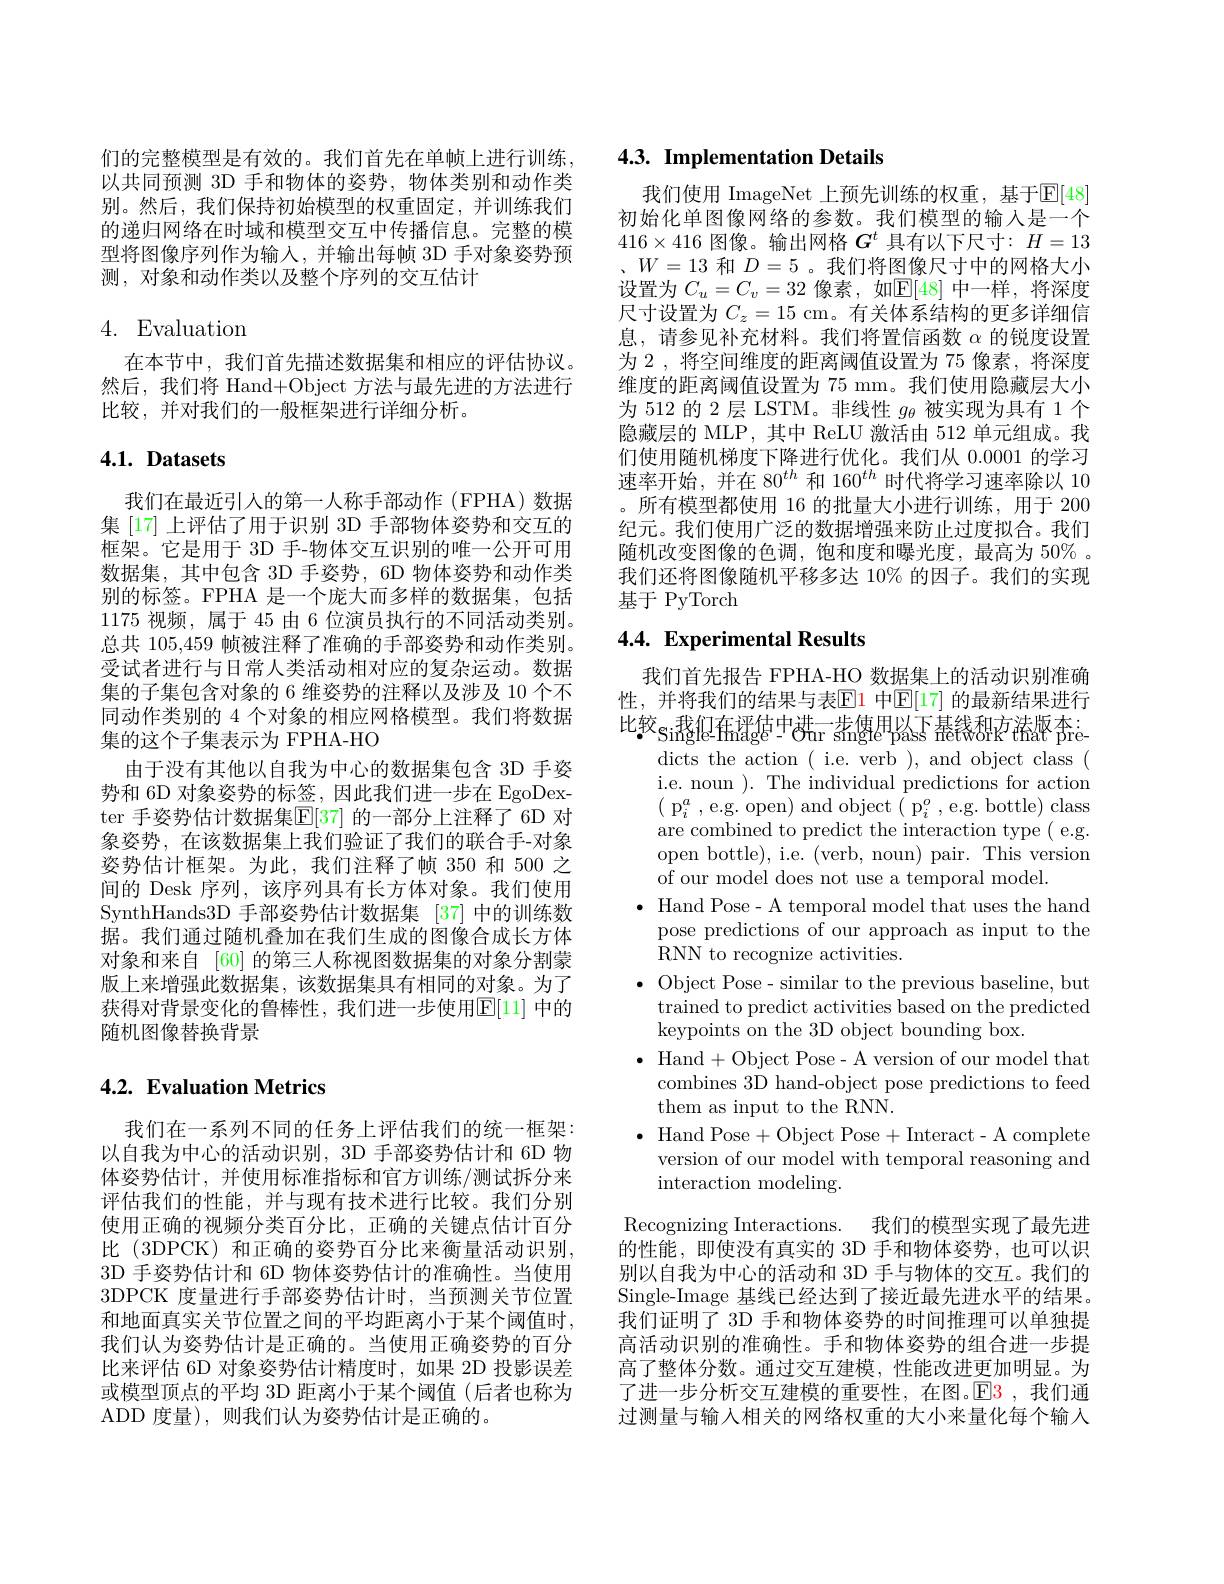
们的完整模型是有效的。我们首先在单帧上进行训练， 以共同预测 3D 手和物体的姿势，物体类别和动作类别。然后，我们保持初始模型的权重固定，并训练我们的递归网络在时域和模型交互中传播信息。完整的模型将图像序列作为输入，并输出每帧 3D 手对象姿势预测，对象和动作类以及整个序列的交互估计

## 4. Evaluation

在本节中，我们首先描述数据集和相应的评估协议。然后，我们将 Hand+Object 方法与最先进的方法进行比较，并对我们的一般框架进行详细分析。

## $4. 1. \textbf{ Datasets}$

我们在最近引人的第一人称手部动作 (FPHA)数据集[17]上评估了用于识别 3D 手部物体姿势和交互的框架。它是用于 3D 手-物体交互识别的唯一公开可用数据集，其中包含 3D 手姿势，6D 物体姿势和动作类别的标签。FPHA 是一个庞大而多样的数据集，包括1175视频，属于 45 由 6 位演员执行的不同活动类别。总共 105,459 帧被注释了准确的手部姿势和动作类别。受试者进行与日常人类活动相对应的复杂运动。数据集的子集包含对象的 6 维姿势的注释以及涉及 10 个不同动作类别的 4 个对象的相应网格模型。我们将数据集的这个子集表示为 FPHA-HO
由于没有其他以自我为中心的数据集包含 3D 手姿势和 6D 对象姿势的标签，因此我们进一步在 EgoDexter 手姿势估计数据集$\mathbb{E}[37]$ 的一部分上注释了 6D 对象姿势，在该数据集上我们验证了我们的联合手-对象姿势估计框架。为此，我们注释了帧 350 和 500 之间的 Desk 序列，该序列具有长方体对象。我们使用SynthHands3D 手部姿势估计数据集 [37] 中的训练数据。我们通过随机叠加在我们生成的图像合成长方体对象和来自 [60] 的第三人称视图数据集的对象分割蒙版上来增强此数据集，该数据集具有相同的对象。为了获得对背景变化的鲁棒性，我们进一步使用$\overline{\mathbb{E}}[1]$ 中的随机图像替换背景

## 4.2. Evaluation Metrics

我们在一系列不同的任务上评估我们的统一框架： 以自我为中心的活动识别，3D 手部姿势估计和 6D 物体姿势估计，并使用标准指标和官方训练/测试拆分来评估我们的性能，并与现有技术进行比较。我们分别使用正确的视频分类百分比，正确的关键点估计百分比 (3DPCK) 和正确的姿势百分比来衡量活动识别， 3D 手姿势估计和 6D 物体姿势估计的准确性。当使用3DPCK 度量进行手部姿势估计时，当预测关节位置和地面真实关节位置之间的平均距离小于某个阈值时， 我们认为姿势估计是正确的。当使用正确姿势的百分比来评估 6D 对象姿势估计精度时，如果 2D 投影误差或模型顶点的平均 3D 距离小于某个阈值(后者也称为ADD 度量),则我们认为姿势估计是正确的。

## 4.3. Implementation Details

我们使用 ImageNet 上预先训练的权重，基于$\mathbb{E}[48]$ 初始化单图像网络的参数。我们模型的输入是一个$416\times416$图像。输出网格$G^t$具有以下尺寸$:H=13$ 、$W=13$和$D=5$ 。我们将图像尺寸中的网格大小设置为$C_u=C_v=32$像素，如$\mathbb{E}[48]$中一样，将深度尺寸设置为$C_z=15$ cm。有关体系结构的更多详细信息，请参见补充材料。我们将置信函数$\alpha$的锐度设置为 2 , 将空间维度的距离阈值设置为 75 像素，将深度维度的距离阈值设置为 75 mm。我们使用隐藏层大小为 512 的 2 层 LSTM。非线性$g_\mathrm{\theta}$被实现为具有 1 个隐藏层的 MLP,其中 ReLU 激活由 512 单元组成。我们使用随机梯度下降进行优化。我们从 0.0001 的学习速率开始，并在 80$^{th}$和 160$^{th}$时代将学习速率除以 10 。所有模型都使用 16 的批量大小进行训练，用于 200纪元。我们使用广泛的数据增强来防止过度拟合。我们随机改变图像的色调，饱和度和曝光度，最高为 50% 。我们还将图像随机平移多达 10% 的因子。我们的实现基于 PyTorch

## 4.4. Experimental Results

我们首先报告 FPHA-HO 数据集上的活动识别准确性，并将我们的结果与表$\mathbb{E}$1 中$\mathbb{E}[17]$ 的最新结果进行比较$_\mathrm{Si}$我们在评估中进一步使用以下基线和交流域有
dicts the action ( i.e. verb ), and object class ( i.e. noun ). The individual predictions for action $(\mathrm{~p}_{i}^{a}$,e.g. open) and object$(\mathrm{~p}_{i}^{o}$,e.g. bottle) class are combined to predict the interaction type( e.g. open bottle), i.e. (verb, noun) pair. This version of our model does not use a temporal model.
$\bullet$ Hand Pose- A temporal model that uses the hand
pose predictions of our approach as input to the
RNN to recognize activities.
$\bullet$ Object Pose- similar to the previous baseline, but
trained to predict activities based on the predicted
keypoints on the 3D object bounding box.
$\bullet$ Hand+Object Pose- A version of our model that
combines 3D hand-object pose predictions to feed
them as input to the RNN.
$\bullet$ Hand Pose+Object Pose+Interact- A complete
version of our model with temporal reasoning and
interaction modeling.

Recognizing Interactions. 我们的模型实现了最先进$\bar{\text{的性能，即使没有真实的 3D 手和物体姿势，也可以识}}$ 别以自我为中心的活动和 3D 手与物体的交互。我们的Single-Image 基线已经达到了接近最先进水平的结果。我们证明了 3D 手和物体姿势的时间推理可以单独提高活动识别的准确性。手和物体姿势的组合进一步提高了整体分数。通过交互建模，性能改进更加明显。为了进一步分析交互建模的重要性，在图。$\color{red}{\mathrm{E}}\color{blue}{\mathrm{3}}$,我们通过测量与输入相关的网络权重的大小来量化每个输入